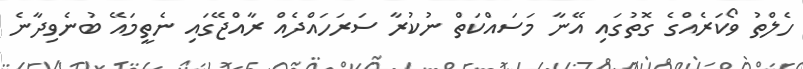
ހެލްތު ވޯކަރެއްގެ ގޮތުގައި އޭނާ މަސައްކަތް ނުކުރާ ސަރަހައްދެއް ރާއްޖޭގައި ނެތީމައޭ ބުނެވިދާނެ